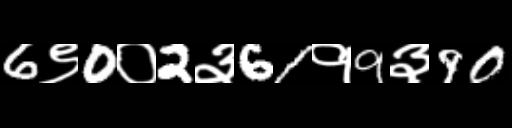
Text: 6९0०2३61१9३90